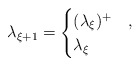
\begin{align*}\lambda_{\xi+1} =\begin{cases} (\lambda_{\xi})^+& ,\\ \lambda_{\xi}&\end{cases}\end{align*}